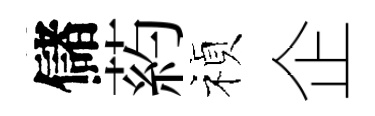
儲葯禎企